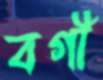
বগী